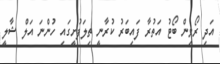
އަދި ރޯވިން ބޯޓު އަތުރާ ފައިބަރު ކުރާނީ ތިލަފުށީގައި ހުންނަ އަލް ޝާލީ